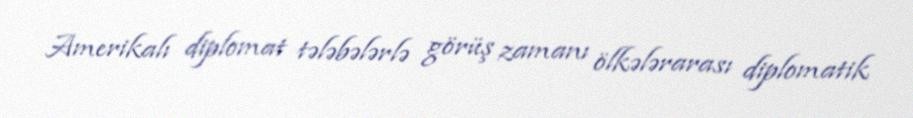
Amerikalı diplomat tələbələrlə görüş zamanı ölkələrarası diplomatik